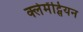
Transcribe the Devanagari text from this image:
क्लेमेंट्सियन